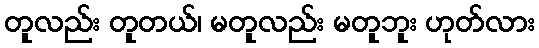
တူလည်း တူတယ်၊ မတူလည်း မတူဘူး ဟုတ်လား